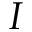
I